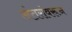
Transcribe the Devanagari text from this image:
अंतरांवरून